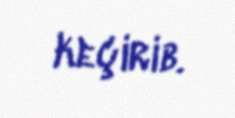
keçirib.